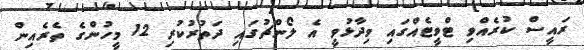
ރައީސް ކުރެއްވި ޓްވީޓެއްގައި ވިދާޅުވީ އެ ލޯންޗުގައި ދަތުރުކުރި 12 މީހުންގެ ތެރެއިން